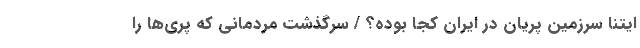
ایتنا سرزمین پریان در ایران کجا بوده؟ / سرگذشت مردمانی که پری‌ها را